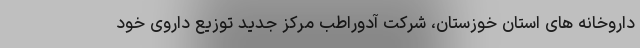
داروخانه های استان خوزستان، شرکت آدوراطب مرکز جدید توزیع داروی خود